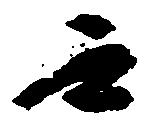
無